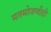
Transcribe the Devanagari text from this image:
मतमोजणीही